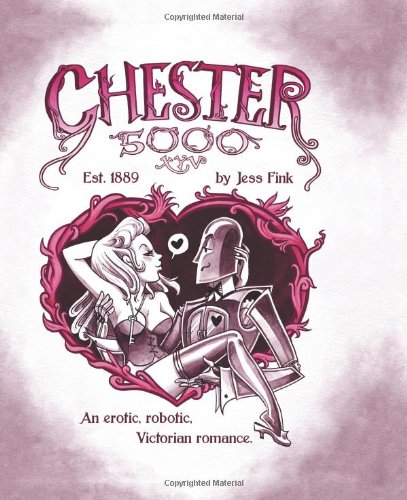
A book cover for Chester 5000-XYV; Jessica Fink; Comics & Graphic Novels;